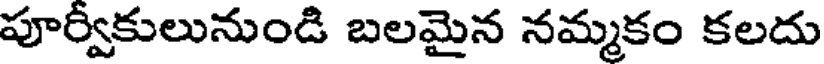
పూర్వీకులునుండి బలమైన నమ్మకం కలదు